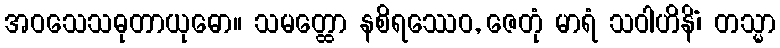
အဝသေသဓုတာယုဓော။ သမတ္ထော နစိရဿေဝ, ဇေတုံ မာရံ သဝါဟိနိံ၊ တသ္မာ